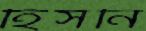
হিসনি